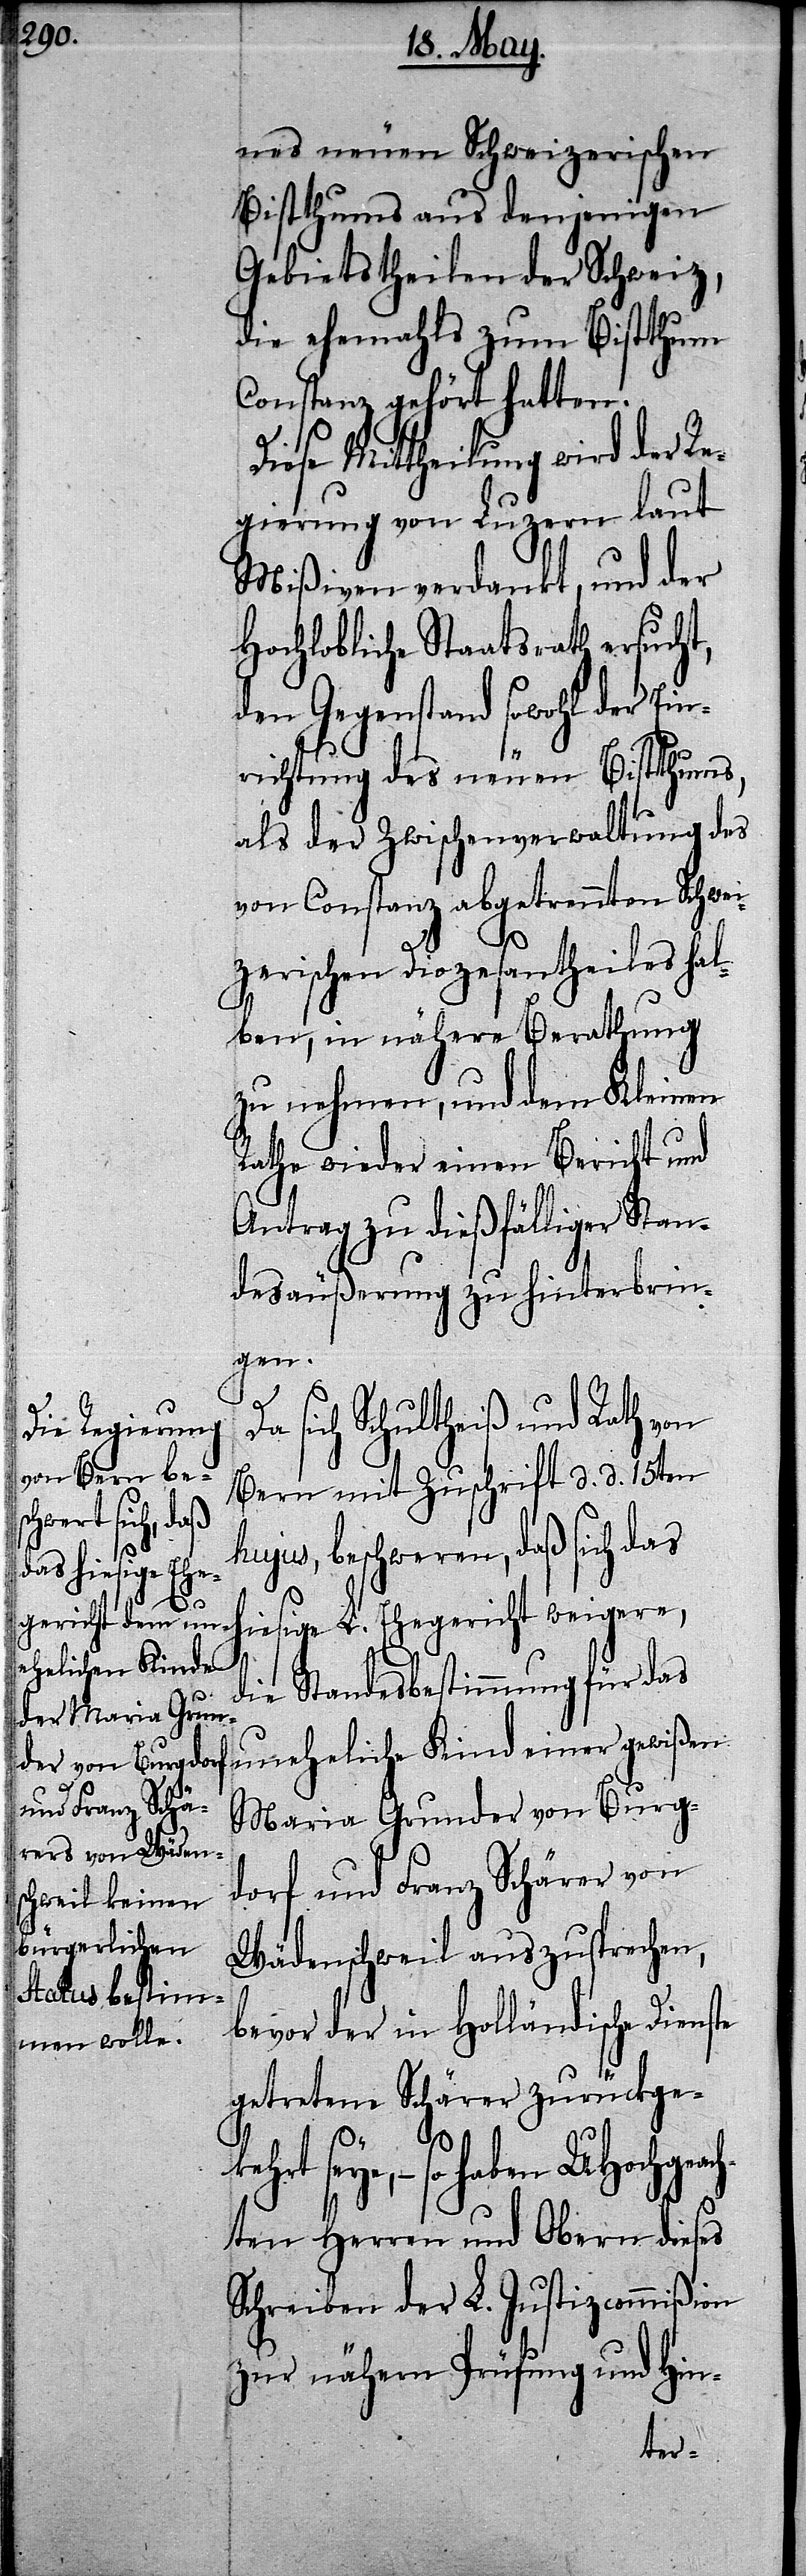
nes neuen Schweizerischen
Bistthums aus denjenigen
Gebietstheilen der Schweiz,
die ehemahls zum Bistthum
Constanz gehört hatten.
Diese Mittheilung wird der Re¬
gierung von Luzern laut
Mißiven verdankt, und der
Hochlobliche Staatsrath ersucht,
den Gegenstand sowohl der Ein¬
richtung des neuen Bistthums,
als der Zwischenverwaltung des
von Constanz abgetrennten Schwei¬
zerischen Diozesantheiles hal¬
ben, in nähere Berathung
zu nehmen, und dem Kleinen
Rathe wieder einen Bericht und
Antrag zu dießfälliger Stan¬
desäußerung zu hinterbrin¬
gen.
sich Schultheiß und Rath von
Bern mit Zuschrift d. d. 15ten
hujus, beschweren, daß sich das
hiesige L. Ehegericht weigere,
die Standesbestimmung für das
uneheliche Kind einer gewißen
Maria Grunder von Burg¬
dorf und Franz Schärer von
Wädenschweil auszusprechen,
bevor der in Holländische Diens¬
getretene Schärer zurückge¬
ch¬
seye, – so haben UHochgea¬
ten Herren und Obern dieses
Schreiben der L. Justizcommißion
zur nähern Prüfung und Hin-